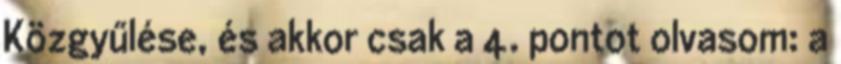
Közgyűlése, és akkor csak a 4. pontot olvasom: a